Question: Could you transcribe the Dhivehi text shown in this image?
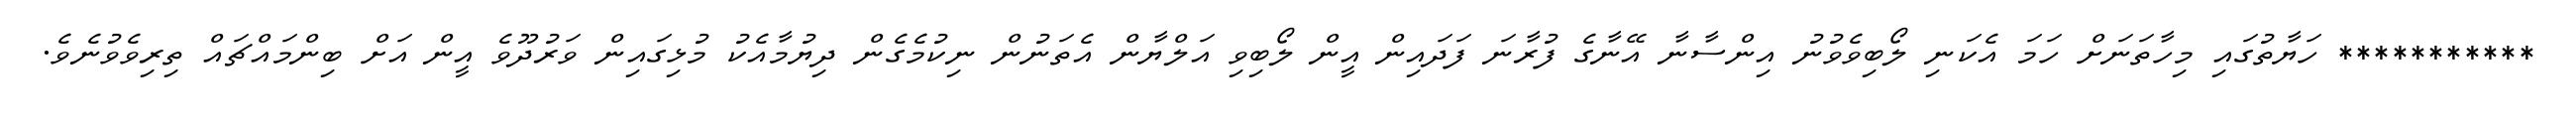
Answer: *********** ހަޔާތުގައި މިހާތަނަށް ހަމަ އެކަނި ލޯބިވެވުނު އިންސާނާ އޭނާގެ ފުރާނަ ފަދައިން އީން ލޯބިވި އަލްޔާން އެތަނުން ނިކުމެގެން ދިޔުމާއެކު މުޅިގައިން ވަރުދޫވެ އީން އަށް ބިންމައްޗައް ތިރިވެވުނެވެ.